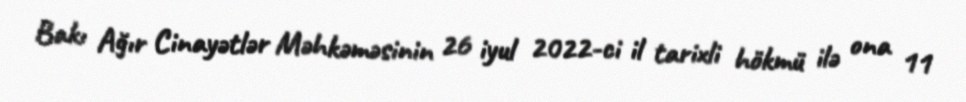
Bakı Ağır Cinayətlər Məhkəməsinin 26 iyul 2022-ci il tarixli hökmü ilə ona 11